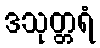
ဒသုတ္တရံ